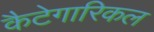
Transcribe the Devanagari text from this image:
कैटेगारिकल